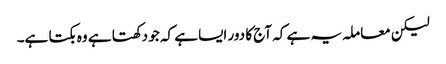
لیکن معاملہ یہ ہے کہ آج کا دور ایسا ہے کہ جو دکھتا ہے وہ بکتا ہے۔